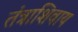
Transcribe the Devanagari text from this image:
तंत्राशिवाय